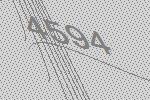
4594